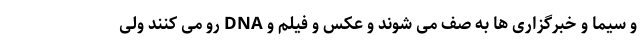
و سیما و خبرگزاری ها به صف می شوند و عکس و فیلم و DNA رو می کنند ولی